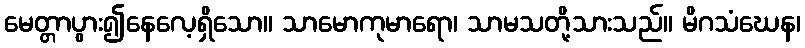
မေတ္တာပွား၍နေလေ့ရှိသော။ သာမောကုမာရော၊ သာမသတို့သားသည်။ မိဂသံဃေန၊